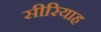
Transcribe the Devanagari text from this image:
सीरियाह